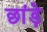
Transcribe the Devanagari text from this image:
छांड़े